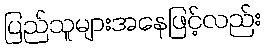
ပြည်သူများအနေဖြင့်လည်း